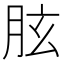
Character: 胘